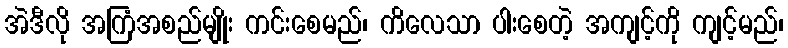
အဲဒီလို အကြံအစည်မျိုး ကင်းစေမည်၊ ကိလေသာ ပါးစေတဲ့ အကျင့်ကို ကျင့်မည်၊